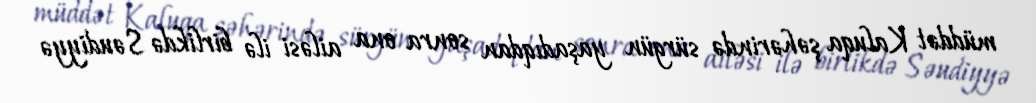
müddət Kaluqa şəhərində sürgün yaşadıqdan sonra ona ailəsi ilə birlikdə Səudiyyə